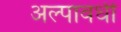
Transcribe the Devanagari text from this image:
अल्पावधी